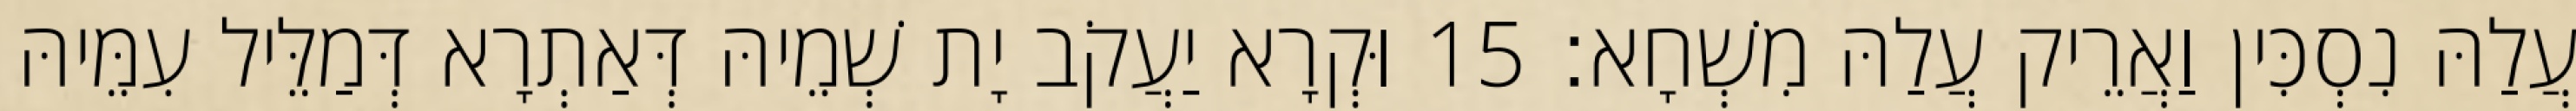
עֲלַהּ נִסְכִּין וַאֲרֵיק עֲלַהּ מִשְׁחָא׃ 15 וּקְרָא יַעֲקֹב יָת שְׁמֵיהּ דְּאַתְרָא דְּמַלֵּיל עִמֵּיהּ